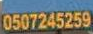
0507245259